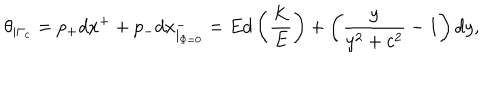
\theta _ { \mid \Gamma _ { c } } = p _ { + } d x ^ { + } + p _ { - } d x _ { \mid _ { \Phi = 0 } } ^ { - } = E d \left( \frac { K } { E } \right) + \left( \frac { y } { y ^ { 2 } + c ^ { 2 } } - 1 \right) d y ,